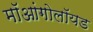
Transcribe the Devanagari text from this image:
मॉआंगोलॉयड